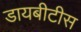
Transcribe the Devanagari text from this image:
डायबीटीस